Insane asylums in Bengal annual reports 1876-1887 - 1876-1887
Year: 1876
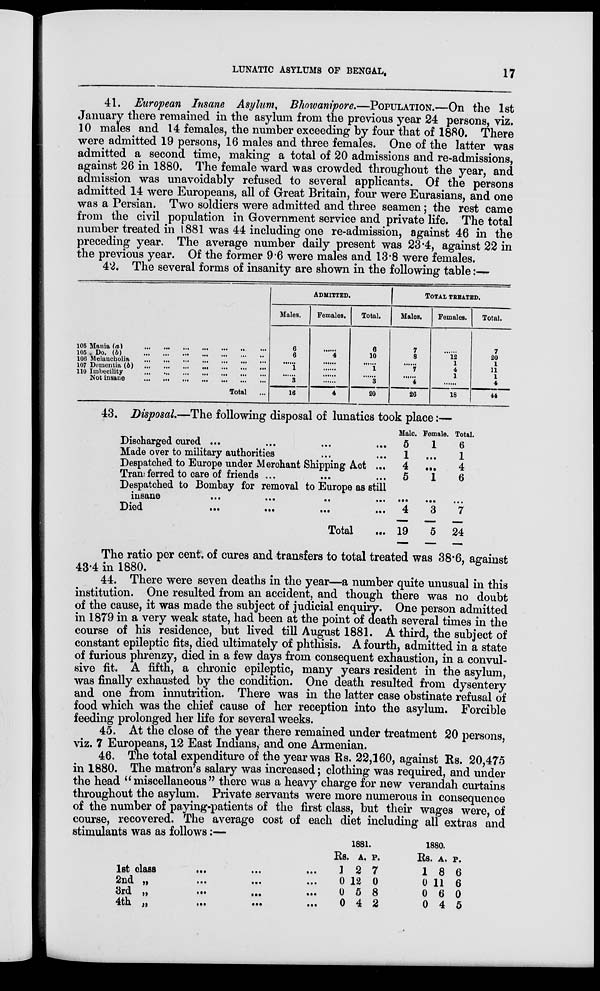
LUNATIC ASYLUMS OF BENGAL,
17
41. European Insane Asylum, Bhowanipore.—POPULATION.—On the 1st
January there remained in the asylum from the previous year 24 persons, viz.
10 males and 14 females, the number exceeding by four that of 1880. There
were admitted 19 persons, 16 males and three females. One of the latter was
admitted a second time, making a total of 20 admissions and re-admissions,
against 26 in 1880. The female ward was crowded throughout the year, and
admission was unavoidably refused to several applicants. Of the persons
admitted 14 were Europeans, all of Great Britain, four were Eurasians, and one
was a Persian. Two soldiers were admitted and three seamen; the rest came
from the civil population in Government service and private life. The total
number treated in 1881 was 44 including one re-admission, against 46 in the
preceding year. The average number daily present was 23.4, against 22 in
the previous year. Of the former 9.6 were males and 13.8 were females.
42. The several forms of insanity are shown in the following table:—
105 Mania (a)
...
...
...
...
...
...
...
105 - Do. (b)
...
...
...
...
...
...
...
106 Melancholia
...
...
...
...
...
...
...
107 Dementia (b)
...
...
...
...
...
...
...
110 Imbecility ... ... ... ... ... ... ...
Not insane
...
...
...
...
...
...
...
Total ...
ADMITTED.
Males.
6
6
......
1
......
3
16
Females.
......
4
......
......
......
......
4
Total.
6
10
......
1
......
3
20
TOTAL TREATED.
Males.
7
8
......
7
......
4
26
Females.
......
12
1
4
1
......
18
Total.
7
20
1
11
1
4
44
43. Disposal.—The following disposal of lunatics took place:—
Discharged cured ... ... ... ...
Made over to military authorities ... ... ...
Despatched to Europe under Merchant Shipping Act ...
Transferred to care of friends ... ... ...
Despatched to Bombay for removal to Europe as still
insane
...
...
...
...
Died
...
...
...
...
Total ...
Male.
5
1
4
5
...
4
19
Female.
1
...
...
1
...
3
5
Total.
6
1
4
6
...
7
24
The ratio per cent. of cures and transfers to total treated was 38.6, against
43.4 in 1880.
44. There were seven deaths in the year—a number quite unusual in this
institution. One resulted from an accident, and though there was no doubt
of the cause, it was made the subject of judicial enquiry. One person admitted
in 1879 in a very weak state, had been at the point of death several times in the
course of his residence, but lived till August 1881. A third, the subject of
constant epileptic fits, died ultimately of phthisis. A fourth, admitted in a state
of furious phrenzy, died in a few days from consequent exhaustion, in a convul-
sive fit. A fifth, a chronic epileptic, many years resident in the asylum,
was finally exhausted by the condition. One death resulted from dysentery
and one from innutrition. There was in the latter case obstinate refusal of
food which was the chief cause of her reception into the asylum. Forcible
feeding prolonged her life for several weeks.
45. At the close of the year there remained under treatment 20 persons,
viz. 7 Europeans, 12 East Indians, and one Armenian.
46. The total expenditure of the year was Rs. 22,160, against Rs. 20,475
in 1880. The matron's salary was increased; clothing was required, and under
the head "miscellaneous" there was a heavy charge for new verandah curtains
throughout the asylum. Private servants were more numerous in consequence
of the number of paying-patients of the first class, but their wages were, of
course, recovered. The average cost of each diet including all extras and
stimulants was as follows:—
1st class
...
...
...
2nd
„
...
...
...
3rd „
...
...
...
4th
„
...
...
...
1881
Rs.
1
0
0
0
A.
2
12
5
4
P.
7
0
8
2
1880.
Rs.
1
0
0
0
A.
8
11
6
4
P.
6
6
0
5